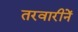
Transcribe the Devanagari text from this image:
तरवारीनें